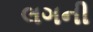
લગની